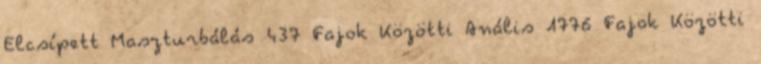
Elcsípett Maszturbálás 437 Fajok Közötti Anális 1776 Fajok Közötti